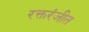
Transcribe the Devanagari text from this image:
रक्तरंजीत